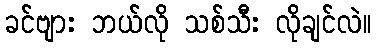
ခင်ဗျား ဘယ်လို သစ်သီး လိုချင်လဲ။